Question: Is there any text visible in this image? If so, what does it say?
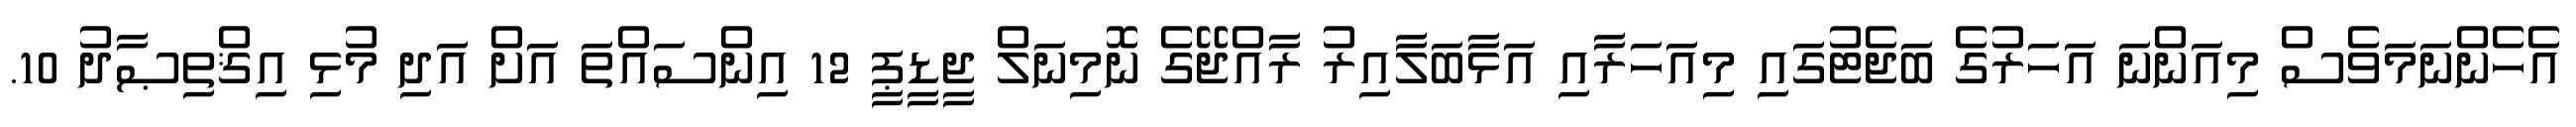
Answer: އެހެންނަމަވެސް މިއަންނަ އަހަރުގެ ބަޖެޓުގައި މިއަހަރާއި އަޅާބަލާއިރު ރާއްޖޭގެ ނޮމިނަލް ޖީޑީޕީ 12 އިންސައްތަ އަށް އަދި މުޅި އިޤްތިޞާދު 10.